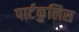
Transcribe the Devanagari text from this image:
पार्टकुलिस